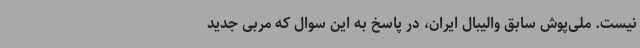
نیست. ملی‌پوش سابق والیبال ایران، در پاسخ به این سوال که مربی جدید